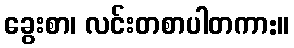
ခွေးစာ၊ လင်းတစာပါတကာ:။